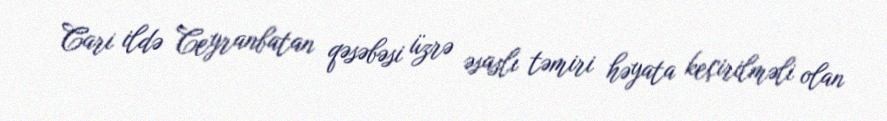
Cari ildə Ceyranbatan qəsəbəsi üzrə əsaslı təmiri həyata keçirilməli olan